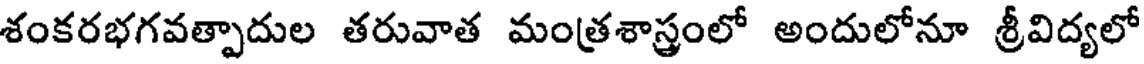
శంకరభగవత్పాదుల తరువాత మంత్రశాస్త్రంలో అందులోనూ శ్రీవిద్యలో